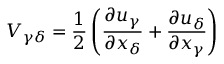
V _ { \gamma \delta } = \frac { 1 } { 2 } \left( \frac { \partial u _ { \gamma } } { \partial x _ { \delta } } + \frac { \partial u _ { \delta } } { \partial x _ { \gamma } } \right)